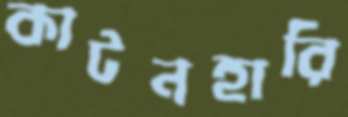
কাটনহারি